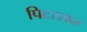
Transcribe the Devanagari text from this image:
पिटरसन